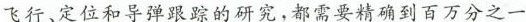
飞行、定位和导弹跟踪的研究，都需要精确到百万分之一